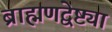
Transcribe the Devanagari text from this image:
ब्राह्मणद्वेष्ट्या